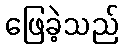
ဖြေခဲ့သည်